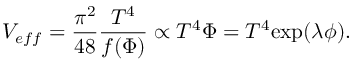
V _ { e f f } = \frac { \pi ^ { 2 } } { 4 8 } \frac { T ^ { 4 } } { f ( \Phi ) } \propto T ^ { 4 } \Phi = T ^ { 4 } \mathrm { e x p } ( \lambda \phi ) .